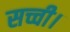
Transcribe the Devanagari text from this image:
सच्ची।